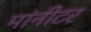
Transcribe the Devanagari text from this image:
मांनीटर